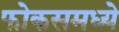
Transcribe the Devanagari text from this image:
फोकसमध्ये